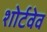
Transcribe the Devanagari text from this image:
शोर्टवेव